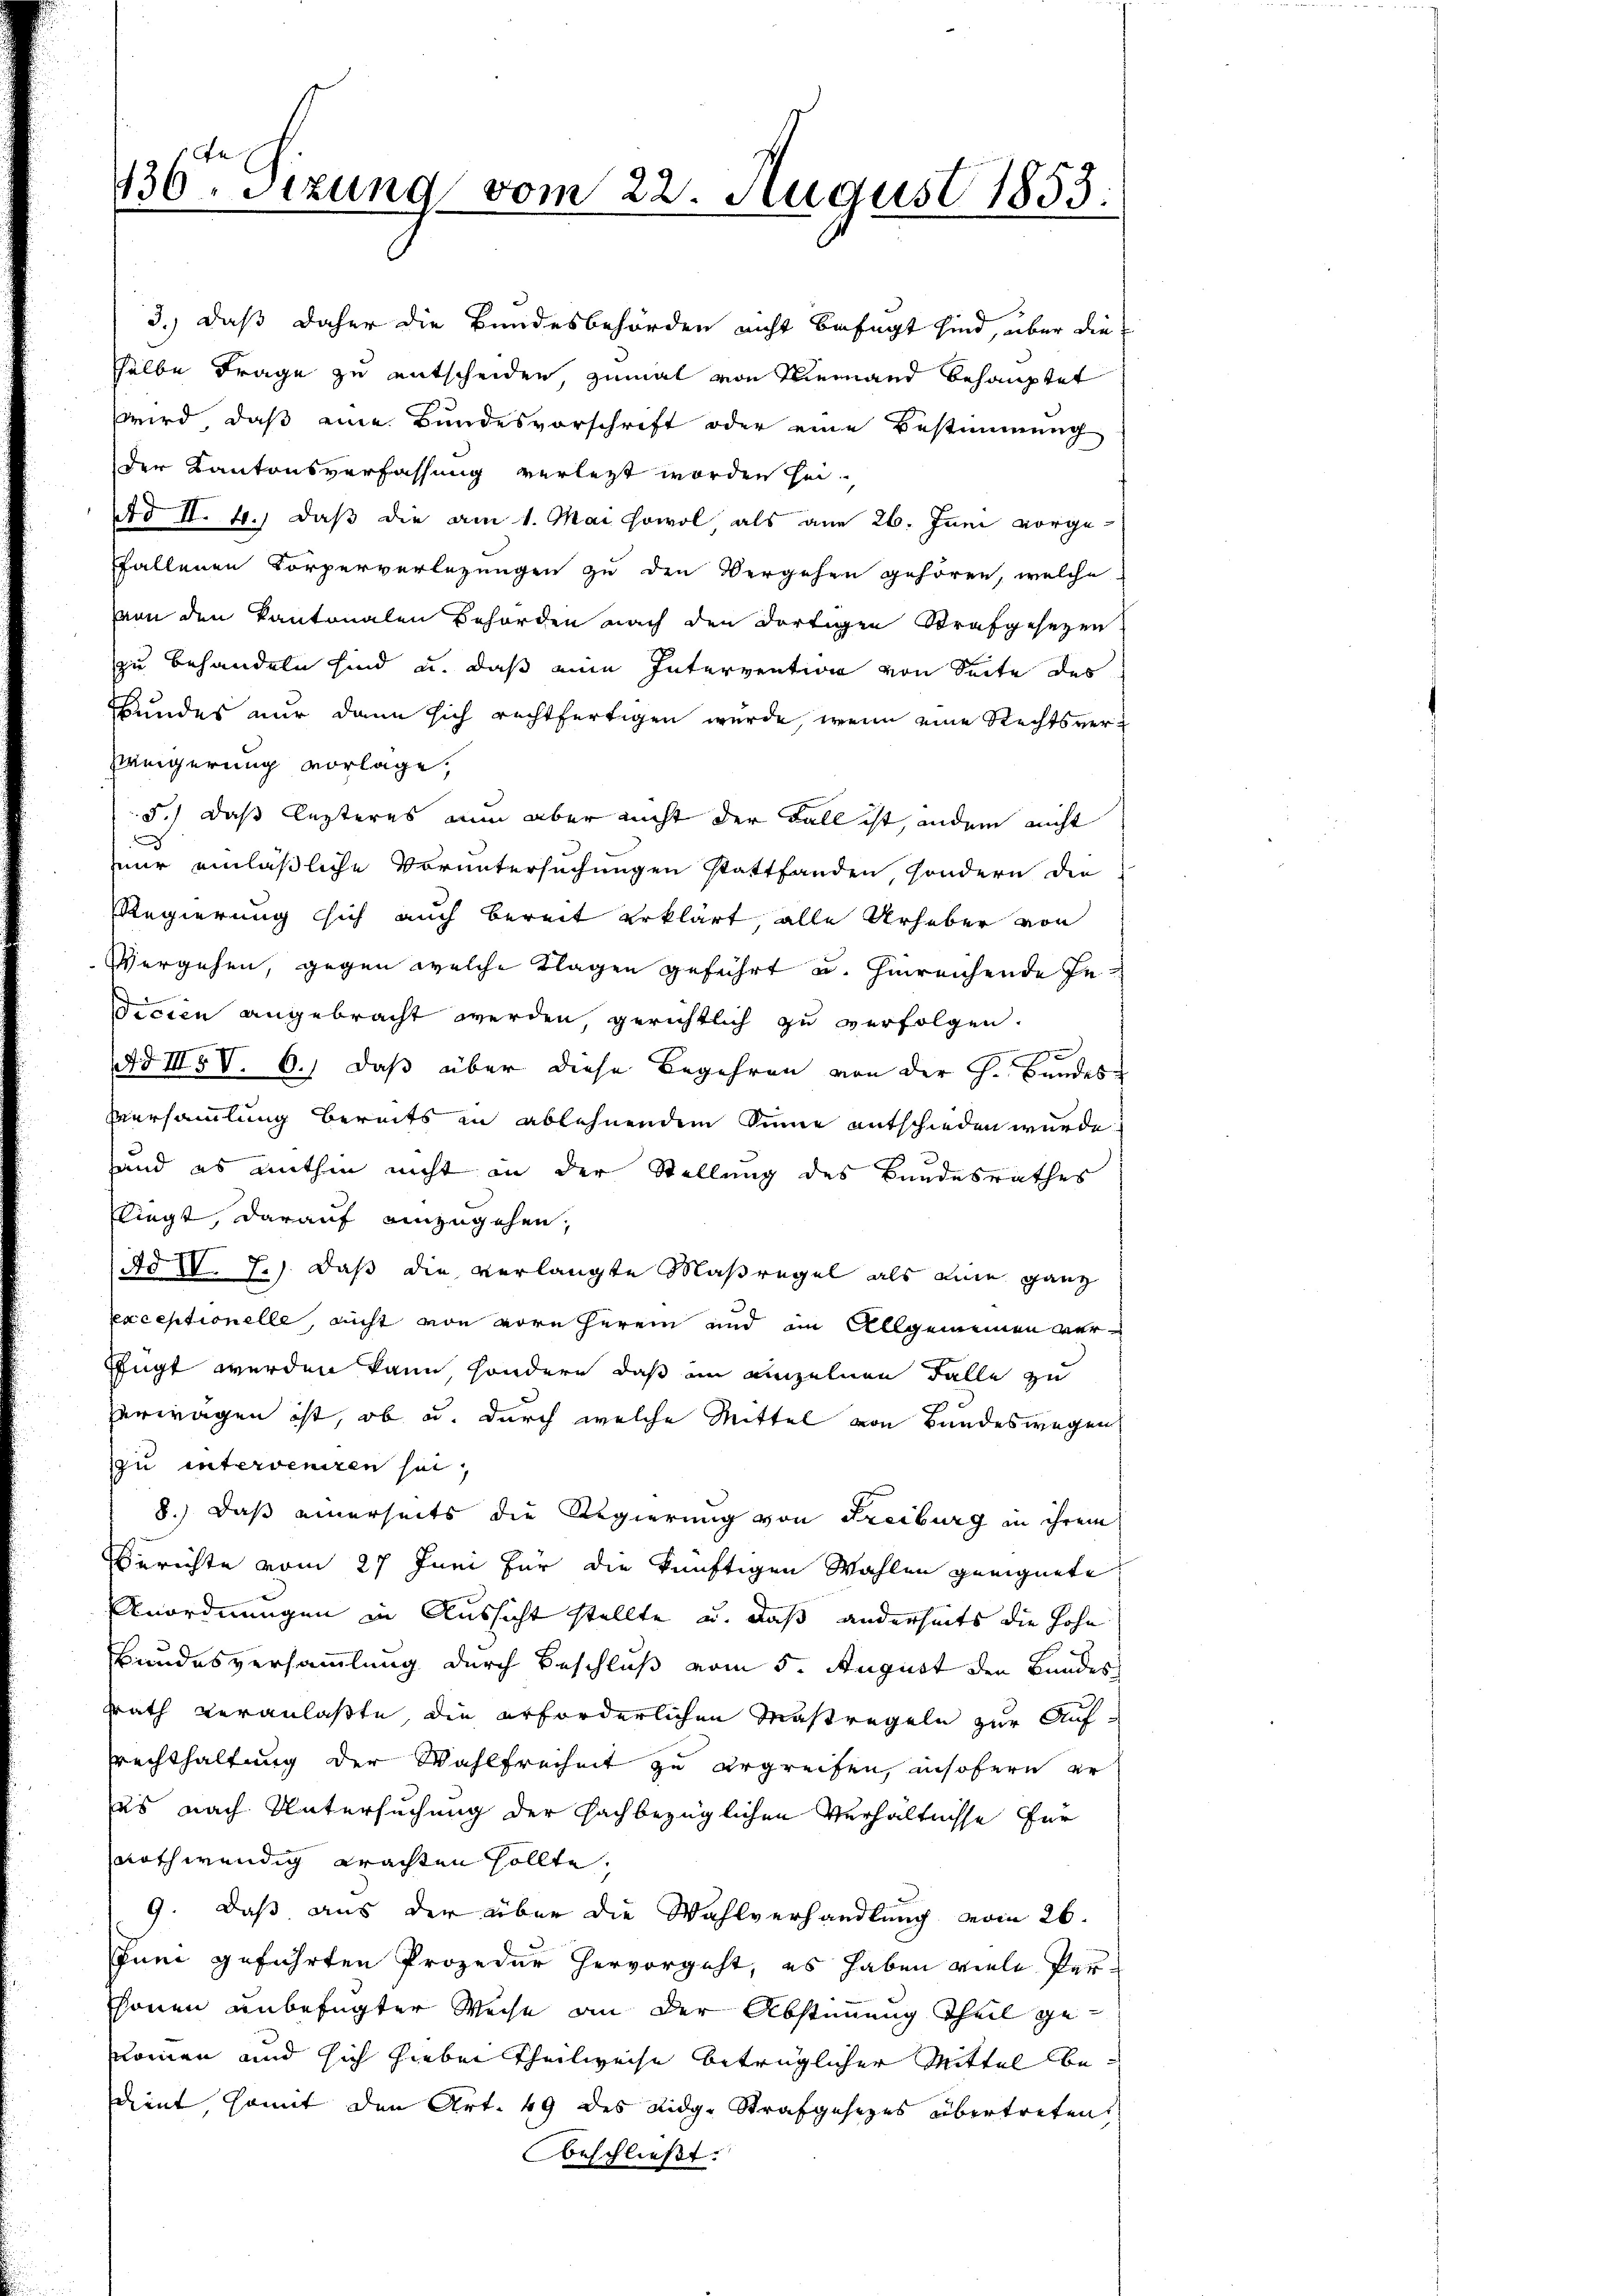
36 sizung vom 22. August 1855.

3.) daß daher die Bundesbehörden nicht befugt sind, über die
selbe Frage zu entscheiden, zumal von Niemand behauptet
wird, daß eine Bundesvorschrift oder eine Bestimmung
der Kantonsverfassung verletzt worden sei.
d II. 4.) daß die am 1. Mai sowol als am 26. Juni vorge-
fallenen Körperverlegungen zu den Vergehen gehören, welche
von den Kantonalen Behörden nach den dortigen Strafgesezen
zu behandeln sind, u. daß eine Intervention von Seite des
Bundes nur dann sich rechtfertigen wurde, wenn eine Rechtsver¬
Wenigerung vorlage,
5.) Daß lezteres nun aber nicht der Fall ist, andem nicht
nur einläßliche Voruntersuchungen stattfanden, sondern die
Regierung sich auch bereit erklärt, alle Urheber von
Vergehen, gegen welche Klagen geführt u. hinreichende Je¬
Ficien angebracht werden gerichtlich zu verfolgen.
e
Ad III5 V. 6.) Daß über diese Begehren von der H. Bandes
Versammlung bereits in ablehnendem Sinne entschieden wurde.
and es mithin nicht an der Stellung des Bundesrathes
liegt, darauf einzugehen,
Ad IV. J.) Daß die verlangte Maßregel als eine ganz
sexceptionelle, nicht von vorn herein und im Allgemeinen verfugt werden kann, sondern, daß im einzelnen Falle zu
verwagen ist, ob u. durch welche Mittel von Bandeswegen
zu interveniren sei,
8.) Daß einerseits die Regierung von Freiburg in ihrem
Berichte vom 27 Juni für die künftigen Wahlen geeignete
Anordnungen in Aussicht stellte u. daß anderseits die Hohe
Bundesversammlung durch Beschluß vom 5. August den Bundes
srath veranlaßte, die erforderlichen Maßregeln zur Auf¬
Rechthaltung der Wahlfreiheit zu ergreifen, insofern er
es nach Untersuchung der sachbezüglichen Verhältnisse für
nothwendig erachten sollte,
9. Daß aus der über die Wahlverhandlung vom 26.
snei geführten Prozedur hervorgeht, es haben viele Perchönen unbefugter Weise an der Abstimmung Theil gekommen und sich hiebei Theilweise betrüglicher Mittel bedient somit den Art. 49 des Eidge Strafgesezes übertreten.
beschließt: